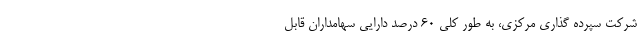
شرکت سپرده گذاری مرکزی، به طور کلی ۶۰ درصد دارایی سهامداران قابل